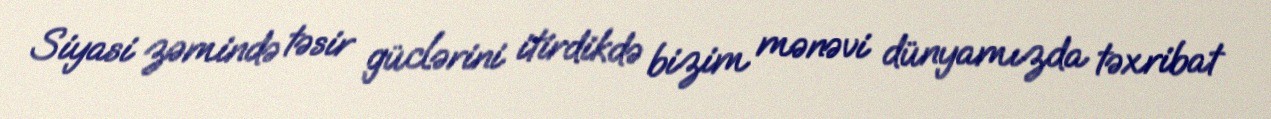
Siyasi zəmində təsir güclərini itirdikdə bizim mənəvi dünyamızda təxribat